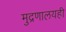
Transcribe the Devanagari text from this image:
मुद्रणालयही